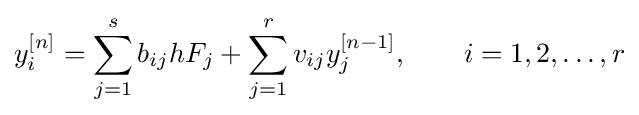
y_{i}^{[n]}=\sum _{j=1}^{s}b_{ij}hF_{j}+\sum _{j=1}^{r}v_{ij}y_{j}^{[n-1]},\qquad i=1,2,\dots ,r